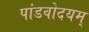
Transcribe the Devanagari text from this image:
पांडवोदयम्